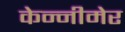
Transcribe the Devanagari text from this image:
केन्नीमेर